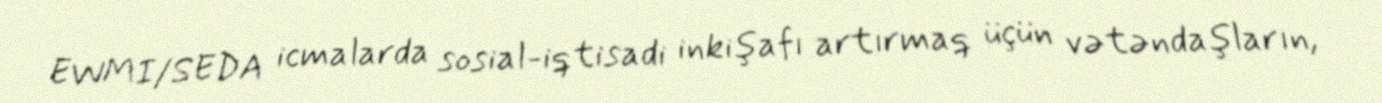
EWMI/SEDA icmalarda sosial-iqtisadi inkişafı artırmaq üçün vətəndaşların,